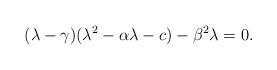
LaTeX: \begin{align*}(\lambda-\gamma)(\lambda^2-\alpha\lambda-c)-\beta^2\lambda=0.\end{align*}